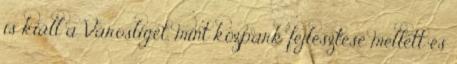
is kiáll a Városliget, mint közpark fejlesztése mellett és